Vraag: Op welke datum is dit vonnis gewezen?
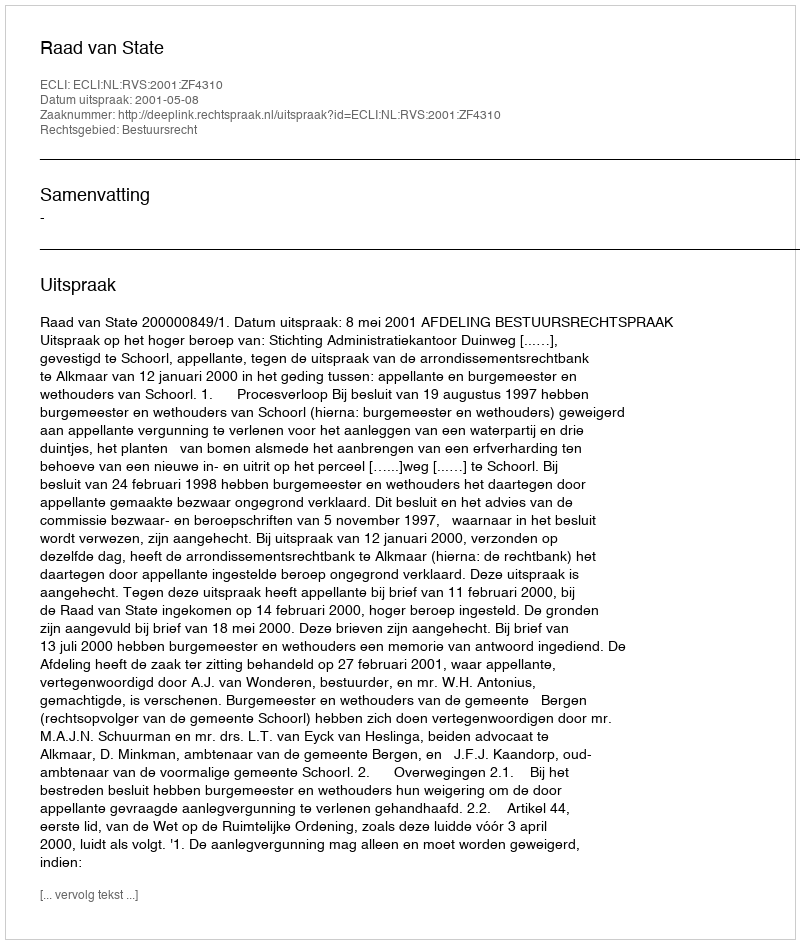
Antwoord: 2001-05-08